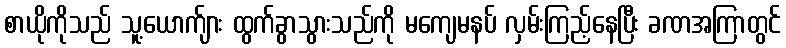
စာယိုကိုသည် သူ့ယောက်ျား ထွက်ခွာသွားသည်ကို မကျေမနပ် လှမ်းကြည့်နေပြီး ခဏအကြာတွင်